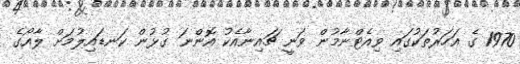
1970 ގެ އަހަރުތަކުގައި ވިއެޓްނާމުން ވަނީ ޗައިނާއެކު އޮންނަ ގުޅުން ކަނޑައިލުމަށް ލާއޯގެ